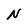
Character: N